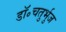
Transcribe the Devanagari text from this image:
डॉ॰चतुर्भुज